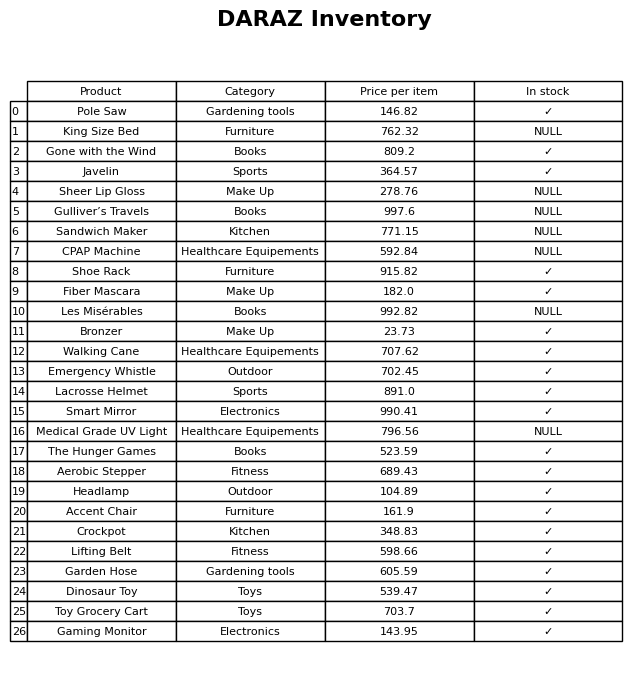
question: What is the price for CPAP Machine?
answer: The price of CPAP Machine is 592.84.